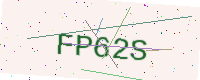
Text: FP62S